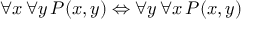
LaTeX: \forall x \, \forall y \, P ( x , y ) \Leftrightarrow \forall y \, \forall x \, P ( x , y )